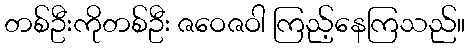
တစ်ဦးကိုတစ်ဦး ဇဝေဇဝါ ကြည့်နေကြသည်။